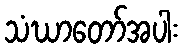
သံဃာတော်အပါး